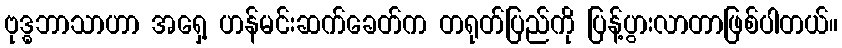
ဗုဒ္ဓဘာသာဟာ အရှေ့ ဟန်မင်းဆက်ခေတ်က တရုတ်ပြည်ကို ပြန့်ပွားလာတာဖြစ်ပါတယ်။